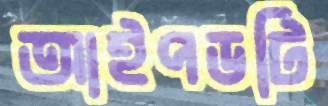
আইপডটি